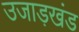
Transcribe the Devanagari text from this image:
उजाड़खंड